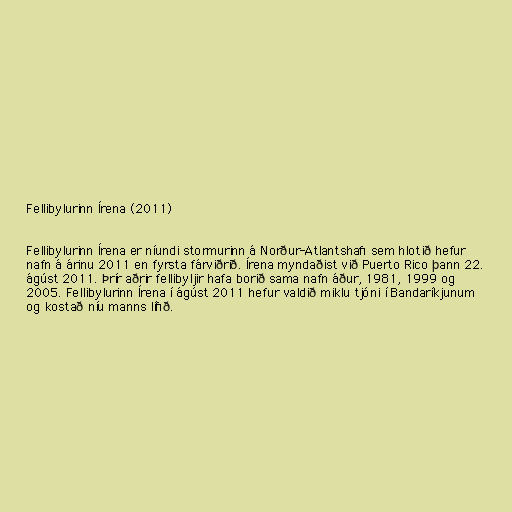
Fellibylurinn Írena (2011)

Fellibylurinn Írena er níundi stormurinn á Norður-Atlantshafi sem hlotið hefur
nafn á árinu 2011 en fyrsta fárviðrið. Írena myndaðist við Puerto Rico þann 22.
ágúst 2011. Þrír aðrir fellibyljir hafa borið sama nafn áður, 1981, 1999 og
2005. Fellibylurinn Írena í ágúst 2011 hefur valdið miklu tjóni í Bandaríkjunum
og kostað níu manns lífið.